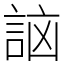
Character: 𧧣